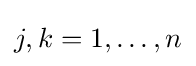
j,k=1,\ldots ,n